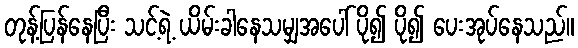
တုန့်ပြန်နေပြီး သင့်ရဲ့ ယိမ်းခါနေသမျှအပေါ် ပို၍ ပို၍ ပေးအုပ်နေသည်။